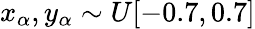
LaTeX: x_{\alpha},y_{\alpha}\sim U[-0.7,0.7]